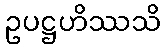
ဥပဋ္ဌဟိဿသိ